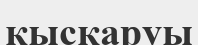
қыскаруы